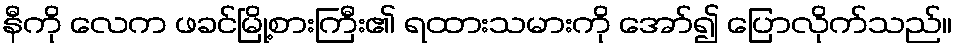
နီကို လေက ဖခင်မြို့စားကြီး၏ ရထားသမားကို အော်၍ ပြောလိုက်သည်။